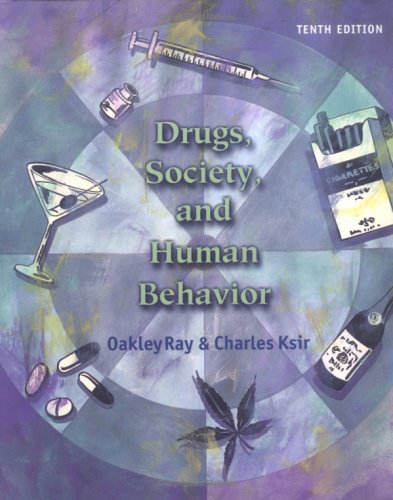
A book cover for Drugs, Society, and Human Behavior; Oakley S. Ray; Medical Books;